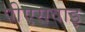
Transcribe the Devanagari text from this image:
पीएसवाइ